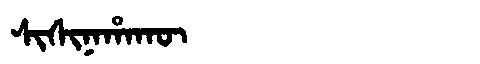
Manchu: ᠰᡳᠰᡳᠨᠠᡥᠠᡴᡡ
Romanization: SISINAHAKŪ